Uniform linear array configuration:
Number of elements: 48
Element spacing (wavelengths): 0.75
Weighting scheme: hamming
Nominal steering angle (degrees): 0
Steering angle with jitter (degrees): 1.222
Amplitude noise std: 0.05
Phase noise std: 0.05

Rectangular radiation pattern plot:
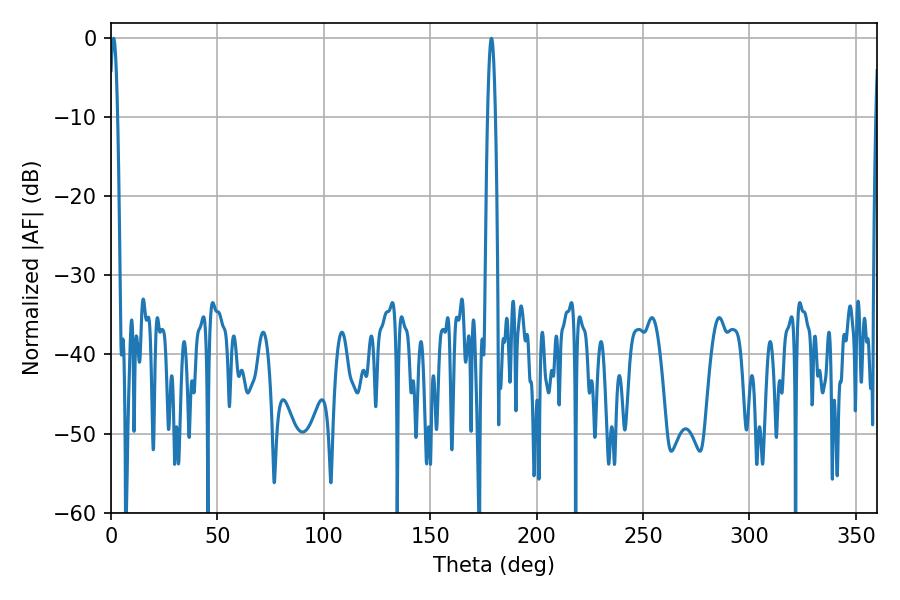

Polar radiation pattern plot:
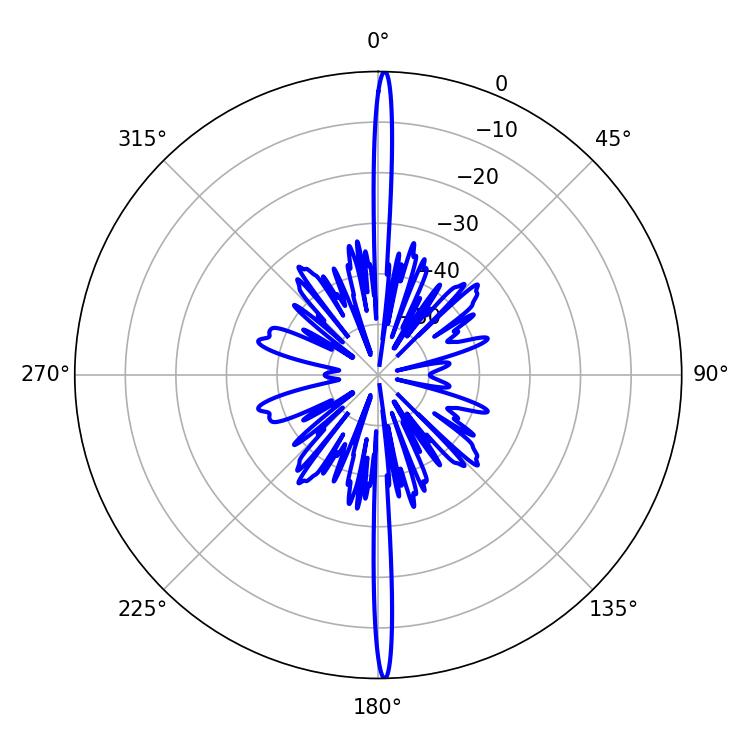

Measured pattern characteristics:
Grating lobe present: TRUE
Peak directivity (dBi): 30.833
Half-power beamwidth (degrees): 1.98
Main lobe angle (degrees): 1.26